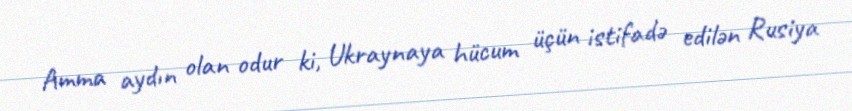
Amma aydın olan odur ki, Ukraynaya hücum üçün istifadə edilən Rusiya